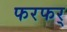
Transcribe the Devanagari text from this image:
फरफर्